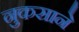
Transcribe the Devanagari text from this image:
नुकसाने